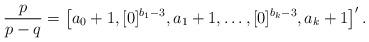
LaTeX: \begin{align*}\frac{p}{p-q}=\left[a_0+1, [0]^{b_1-3}, a_1+1, \dots, [0]^{b_k-3}, a_k+1\right]'.\end{align*}